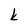
Character: k